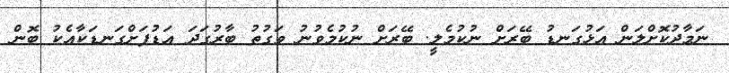
ނަމާދުކޮށްލަން އަޅުގަނޑު ބޭރަށް ނުކުމެލީ. ބޭރަށް ނުކުމެވުނު ވަގުތު ބާރުގަދަ އަޑުފަށްގަނޑަކާއެކު ބޮން